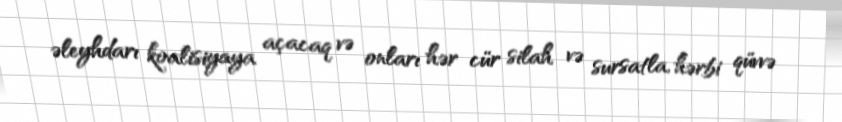
əleyhdarı koalisiyaya açacaq və onları hər cür silah və sursatla, hərbi qüvvə